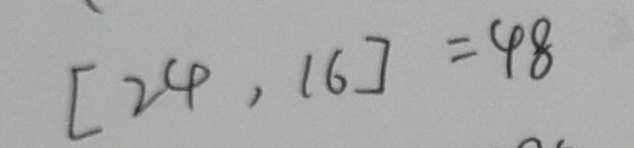
[ 2 4 , 1 6 ] = 4 8